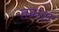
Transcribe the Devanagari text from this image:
तसरा